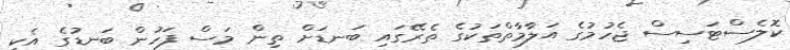
ކޮލެސްޓަސިސް ޖެހުމުގެ އަލާމާތްތަކުގެ ތެރޭގައި ބަނޑަށް ތިން މަސް ފަހުން ބަނޑުގެ އެކި